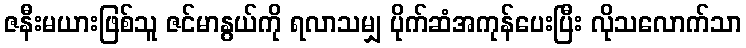
ဇနီးမယားဖြစ်သူ ဇင်မာနွယ်ကို ရလာသမျှ ပိုက်ဆံအကုန်ပေးပြီး လိုသလောက်သာ